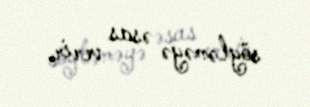
söyləməyə əsas verir.